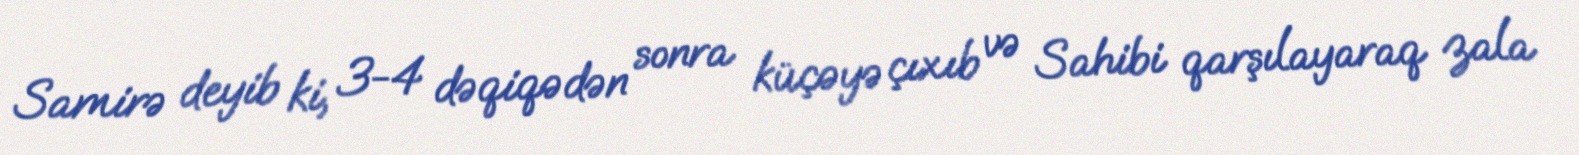
Samirə deyib ki, 3-4 dəqiqədən sonra küçəyə çıxıb və Sahibi qarşılayaraq zala